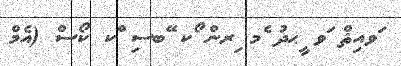
ަވއިޘް ަވ ީޙދު ެމ ިރން ޯކ ޭބސި ްކ ކޯސް (އެމް